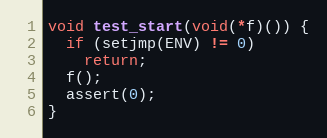
Language: C
void test_start(void(*f)()) {
  if (setjmp(ENV) != 0)
    return;
  f();
  assert(0);
}